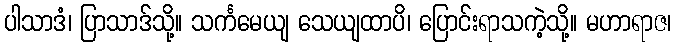
ပါသာဒံ၊ ပြာသာဒ်သို့။ သင်္ကမေယျ သေယျထာပိ၊ ပြောင်းရာသကဲ့သို့။ မဟာရာဇ၊